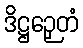
ဒိဋ္ဌဉှေတံ